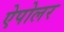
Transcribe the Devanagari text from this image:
ऐपोलर